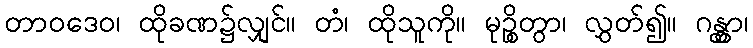
တာဝဒေဝ၊ ထိုခဏ၌လျှင်။ တံ၊ ထိုသူကို။ မုဉ္စိတွာ၊ လွှတ်၍။ ဂန္တွာ၊